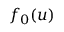
f _ { 0 } ( \boldsymbol { u } )